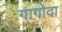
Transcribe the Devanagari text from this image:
गागोदा